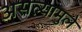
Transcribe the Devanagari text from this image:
असल्यामुले